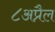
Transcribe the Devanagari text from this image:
८अप्रैल